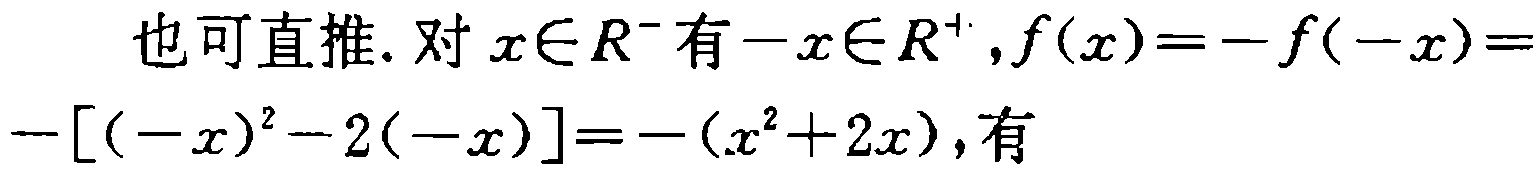
也可直推. 对\(x\in R^{-}\)有\(-x\in R^{+},f(x)=-f(-x)=- [(-x)^{2}-2(-x)]=-(x^{2}+2x)\), 有